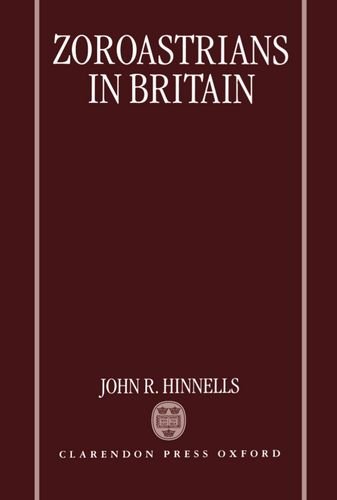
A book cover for Zoroastrians in Britain: The Ratanbai Katrak Lectures, University of Oxford 1985; John R. Hinnells; Religion & Spirituality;